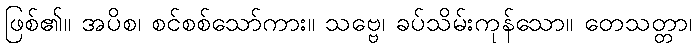
ဖြစ်၏။ အပိစ၊ စင်စစ်သော်ကား။ သဗ္ဗေ၊ ခပ်သိမ်းကုန်သော။ တေသတ္တာ၊